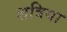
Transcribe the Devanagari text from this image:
शत्रिया